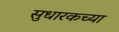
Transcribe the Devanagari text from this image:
सुधारकच्या